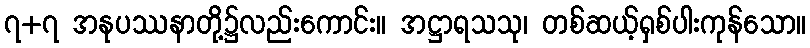
၇+၇ အနုပဿနာတို့၌လည်းကောင်း။ အဋ္ဌာရသသု၊ တစ်ဆယ့်ရှစ်ပါးကုန်သော။